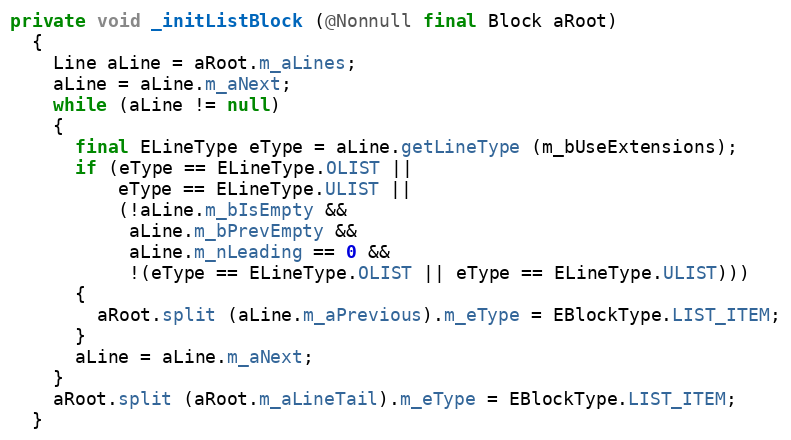
Language: Java
private void _initListBlock (@Nonnull final Block aRoot)
  {
    Line aLine = aRoot.m_aLines;
    aLine = aLine.m_aNext;
    while (aLine != null)
    {
      final ELineType eType = aLine.getLineType (m_bUseExtensions);
      if (eType == ELineType.OLIST ||
          eType == ELineType.ULIST ||
          (!aLine.m_bIsEmpty &&
           aLine.m_bPrevEmpty &&
           aLine.m_nLeading == 0 &&
           !(eType == ELineType.OLIST || eType == ELineType.ULIST)))
      {
        aRoot.split (aLine.m_aPrevious).m_eType = EBlockType.LIST_ITEM;
      }
      aLine = aLine.m_aNext;
    }
    aRoot.split (aRoot.m_aLineTail).m_eType = EBlockType.LIST_ITEM;
  }